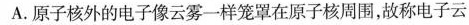
A.原子核外的电子像云雾一样笼罩在原子核周围，故称电子云